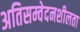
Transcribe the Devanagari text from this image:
अतिसम्वेदनशीलता